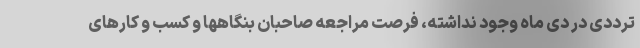
ترددی در دی ماه وجود نداشته، فرصت مراجعه صاحبان بنگاهها و کسب و کارهای